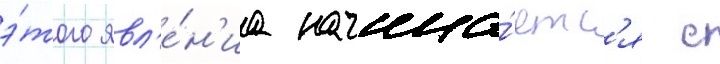
э́того явл'е́н'иа начина́етс'я с